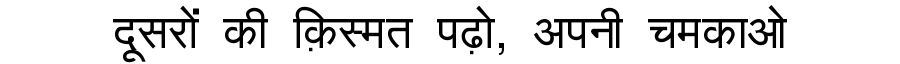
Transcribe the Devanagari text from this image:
दूसरों की क़िस्मत पढ़ो, अपनी चमकाओ